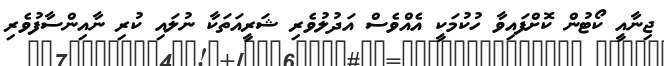
ޖިނާއީ ކޯޓުން ކޮށްފައިވާ ހުކުމަކީ އެއްވެސް އަދުލުވެރި ޝަރީއަތަކާ ނުލައި ކުރި ނާއިންސާފުވެރި